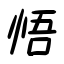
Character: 悟